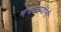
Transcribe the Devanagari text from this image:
मंत्रालयांनी